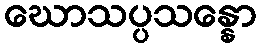
ဃောသပ္ပသန္နော